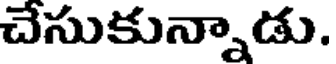
చెసుకున్నాడు.